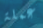
عملة